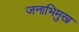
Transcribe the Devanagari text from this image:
जनाभिमुख